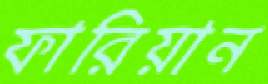
ফারিয়ান